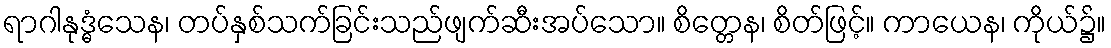
ရာဂါနုဒ္ဓံသေန၊ တပ်နှစ်သက်ခြင်းသည်ဖျက်ဆီးအပ်သော။ စိတ္တေန၊ စိတ်ဖြင့်။ ကာယေန၊ ကိုယ်၌။